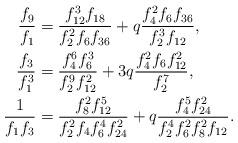
LaTeX: \begin{align*}\frac{f_9}{f_1}&= \frac{f^{3}_{12}f_{18}}{f^{2}_{2}f_{6}f_{36}}+q\frac{f^{2}_4f_{6}f_{36}}{f^{3}_2f_{12}},\\\frac{f_3}{f^{3}_1}&= \frac{f^{6}_{4}f^{3}_{6}}{f^{9}_{2}f^{2}_{12}}+3q\frac{f^{2}_4f_{6}f^{2}_{12}}{f^{7}_2},\\\frac{1}{f_1f_3}&= \frac{f^{2}_{8}f^{5}_{12}}{f^{2}_{2}f_{4}f^{4}_{6}f^{2}_{24}}+q\frac{f^{5}_{4}f^{2}_{24}}{f^{4}_{2}f^{2}_{6}f^{2}_8f_{12}}.\end{align*}